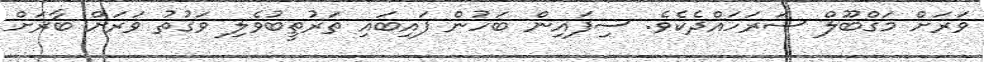
ވަރަށް މަގްބޫލް ސަރަހައްދެކެވެ. ސިފައިން ބަހުން ފައިބައި ތަރުތީބުވެލި ވަގުތު ވަރަށް ބާރަށް